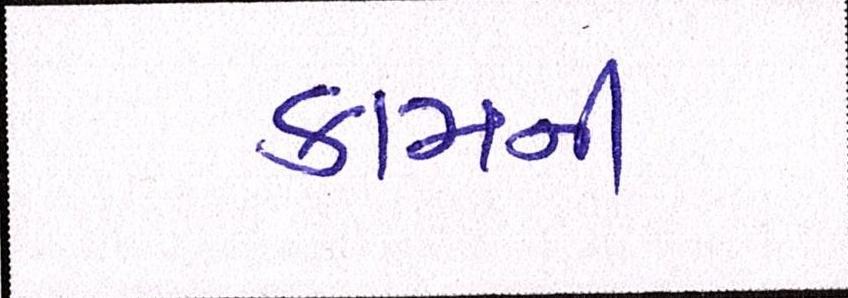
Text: કામની